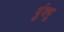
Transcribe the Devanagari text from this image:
र्युक्यु